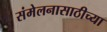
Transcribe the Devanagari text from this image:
संमेलनासाठीच्या